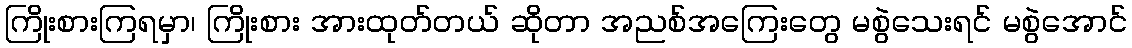
ကြိုးစားကြရမှာ၊ ကြိုးစား အားထုတ်တယ် ဆိုတာ အညစ်အကြေးတွေ မစွဲသေးရင် မစွဲအောင်